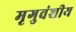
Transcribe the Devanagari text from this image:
मृगुवंशीय